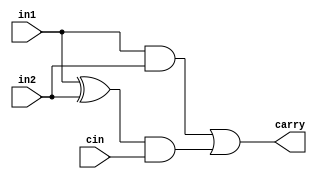
`timescale 1ns / 1ps
//////////////////////////////////////////////////////////////////////////////////
// Company: 
// Engineer: 
// 
// Design Name: 
// Module Name:    carry_prediction 
// Project Name: 
// Target Devices: 
// Tool versions: 
// Description: 
//
// Dependencies: 
//
// Revision: 
// Revision 0.01 - File Created
// Additional Comments: 
//
//////////////////////////////////////////////////////////////////////////////////
module carry_prediction(in1, in2, cin, carry);

input in1;
input in2;
input cin;
output carry ;

wire P;
wire G ;   // this is the present step "generation" ..............

assign P = in1 ^in2 ;
assign G = in1 &in2 ;

assign carry = (G | (P&cin)) ;     // when we will call this then cin will be the previous step carry ...

endmodule